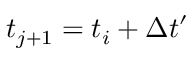
t _ { j + 1 } = t _ { i } + \Delta t ^ { \prime }